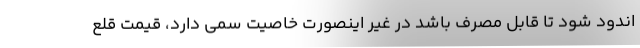
اندود شود تا قابل مصرف باشد در غیر اینصورت خاصیت سمی دارد، قیمت قلع